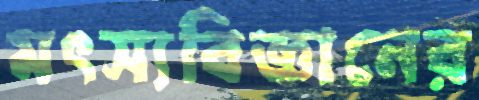
মৎস্যবিজ্ঞানের